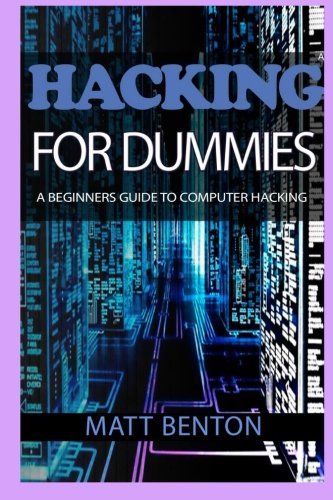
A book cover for Computer Hacking: A beginners guide to computer hacking (hacking, how to hack, hacking exposed, hacking system, hacking for dummies, hacking guide, ... Computer Bugs, internet skills) (Volume 2); Matt Benton; Computers & Technology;